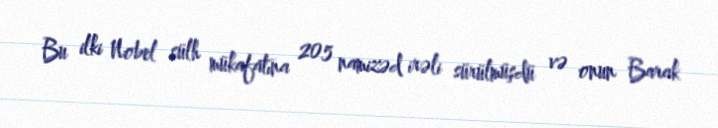
Bu ilki Nobel sülh mükafatına 205 namizəd irəli sürülmüşdü və onun Barak